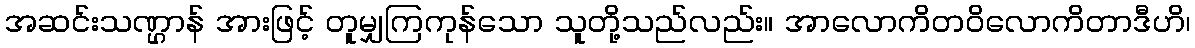
အဆင်းသဏ္ဌာန် အားဖြင့် တူမျှကြကုန်သော သူတို့သည်လည်း။ အာလောကိတဝိလောကိတာဒီဟိ၊